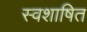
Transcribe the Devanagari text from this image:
स्वशाषित